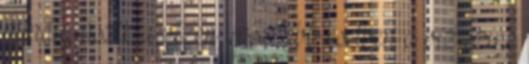
mindig úszik a vízen, rosszabb esetben a víz színe